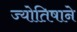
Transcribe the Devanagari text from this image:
ज्योतिषाने